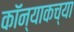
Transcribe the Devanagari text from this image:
कॉन्याकच्या